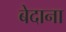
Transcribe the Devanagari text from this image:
बेदाना